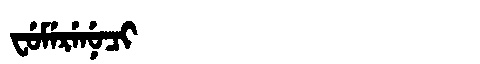
Manchu: ᠸᡠᠮᡝᡵᡝᠨᡠᠴᡳ
Romanization: FUMERENUCI